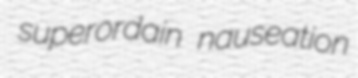
superordain nauseation